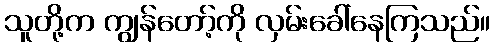
သူတို့က ကျွန်တော့်ကို လှမ်းခေါ်နေကြသည်။